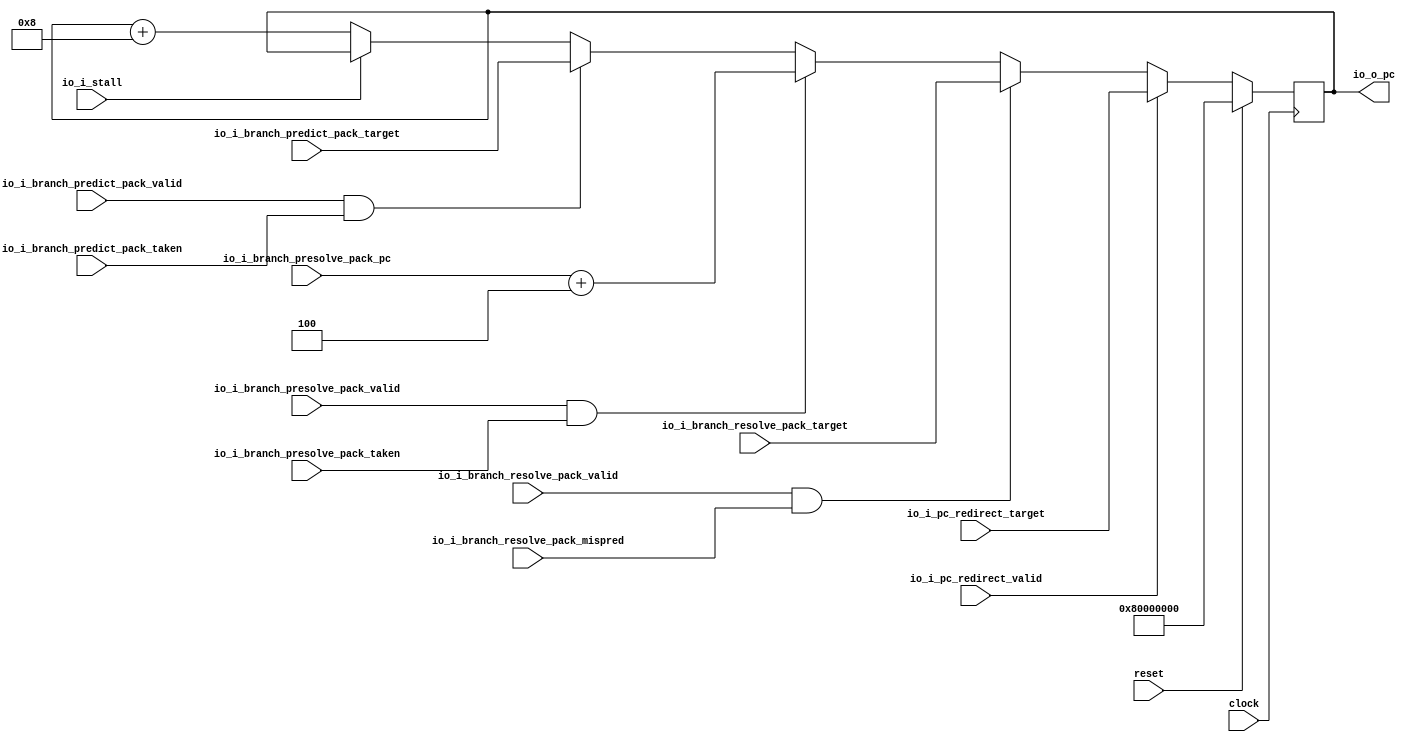
module PC_Gen(
  input         clock,
  input         reset,
  input         io_i_stall,
  input         io_i_pc_redirect_valid,
  input  [63:0] io_i_pc_redirect_target,
  input         io_i_branch_predict_pack_valid,
  input  [63:0] io_i_branch_predict_pack_target,
  input         io_i_branch_predict_pack_taken,
  input         io_i_branch_presolve_pack_valid,
  input         io_i_branch_presolve_pack_taken,
  input  [63:0] io_i_branch_presolve_pack_pc,
  input         io_i_branch_resolve_pack_valid,
  input         io_i_branch_resolve_pack_mispred,
  input  [63:0] io_i_branch_resolve_pack_target,
  output [63:0] io_o_pc
);
`ifdef RANDOMIZE_REG_INIT
  reg [63:0] _RAND_0;
`endif // RANDOMIZE_REG_INIT
  reg [63:0] pc; // @[pc_gen.scala 23:21]
  wire [63:0] _npc_T_1 = io_i_branch_presolve_pack_pc + 64'h4; // @[pc_gen.scala 32:45]
  wire [63:0] _npc_T_3 = pc + 64'h8; // @[pc_gen.scala 38:19]
  wire [63:0] _GEN_0 = io_i_stall ? pc : _npc_T_3; // @[pc_gen.scala 35:27 36:13 38:13]
  wire [63:0] _GEN_1 = io_i_branch_predict_pack_valid & io_i_branch_predict_pack_taken ? io_i_branch_predict_pack_target
     : _GEN_0; // @[pc_gen.scala 33:81 34:13]
  assign io_o_pc = pc; // @[pc_gen.scala 26:13]
  always @(posedge clock) begin
    if (reset) begin // @[pc_gen.scala 23:21]
      pc <= 64'h80000000; // @[pc_gen.scala 23:21]
    end else if (io_i_pc_redirect_valid) begin // @[pc_gen.scala 27:33]
      pc <= io_i_pc_redirect_target; // @[pc_gen.scala 28:13]
    end else if (io_i_branch_resolve_pack_valid & io_i_branch_resolve_pack_mispred) begin // @[pc_gen.scala 29:83]
      pc <= io_i_branch_resolve_pack_target; // @[pc_gen.scala 30:13]
    end else if (io_i_branch_presolve_pack_valid & io_i_branch_presolve_pack_taken) begin // @[pc_gen.scala 31:83]
      pc <= _npc_T_1; // @[pc_gen.scala 32:13]
    end else begin
      pc <= _GEN_1;
    end
  end
// Register and memory initialization
`ifdef RANDOMIZE_GARBAGE_ASSIGN
`define RANDOMIZE
`endif
`ifdef RANDOMIZE_INVALID_ASSIGN
`define RANDOMIZE
`endif
`ifdef RANDOMIZE_REG_INIT
`define RANDOMIZE
`endif
`ifdef RANDOMIZE_MEM_INIT
`define RANDOMIZE
`endif
`ifndef RANDOM
`define RANDOM $random
`endif
`ifdef RANDOMIZE_MEM_INIT
  integer initvar;
`endif
`ifndef SYNTHESIS
`ifdef FIRRTL_BEFORE_INITIAL
`FIRRTL_BEFORE_INITIAL
`endif
initial begin
  `ifdef RANDOMIZE
    `ifdef INIT_RANDOM
      `INIT_RANDOM
    `endif
    `ifndef VERILATOR
      `ifdef RANDOMIZE_DELAY
        #`RANDOMIZE_DELAY begin end
      `else
        #0.002 begin end
      `endif
    `endif
`ifdef RANDOMIZE_REG_INIT
  _RAND_0 = {2{`RANDOM}};
  pc = _RAND_0[63:0];
`endif // RANDOMIZE_REG_INIT
  `endif // RANDOMIZE
end // initial
`ifdef FIRRTL_AFTER_INITIAL
`FIRRTL_AFTER_INITIAL
`endif
`endif // SYNTHESIS
endmodule